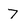
Character: 7